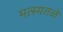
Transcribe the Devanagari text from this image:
मत्स्यतळे